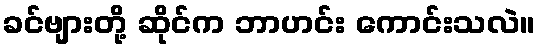
ခင်ဗျားတို့ ဆိုင်က ဘာဟင်း ကောင်းသလဲ။